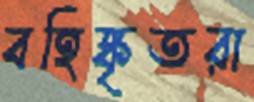
বহিষ্কৃতরা